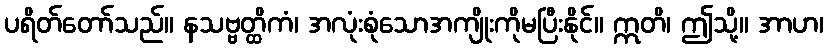
ပရိတ်တော်သည်။ နသဗ္ဗတ္ထိကံ၊ အလုံးစုံသောအကျိုးကိုမပြီးနိုင်။ ဣတိ၊ ဤသို့။ အာဟ၊